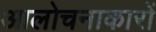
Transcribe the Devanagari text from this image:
आलोचनाकारों